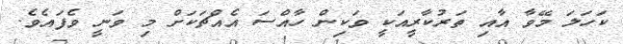
ކަހަލަ މޭވާ އާއި ތަރުކާރީއަކީ ވަކިން ހާއްސަ އެއްޗަކަށް މި ވަނީ ވެފައެވެ.